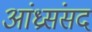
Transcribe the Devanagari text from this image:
आंध्रसंसद